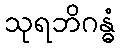
သုရဘိဂန္ဓံ